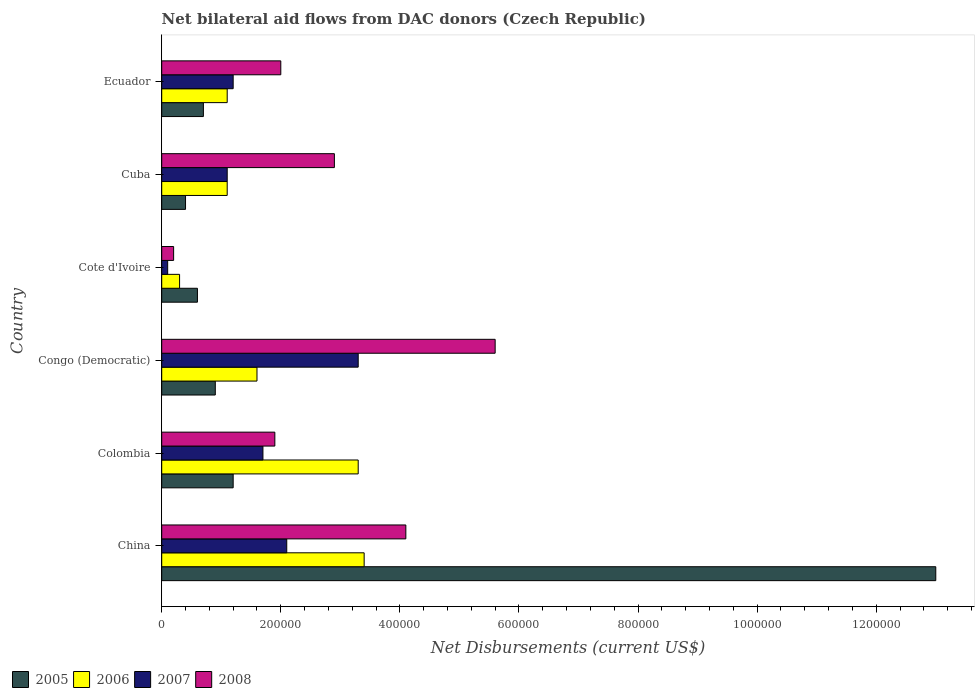
| Country | 2005 | 2006 | 2007 | 2008 |
 | --- | --- | --- | --- | --- |
 | China | 1.3e+06 | 3.4e+05 | 2.1e+05 | 4.1e+05 |
 | Colombia | 1.2e+05 | 3.3e+05 | 1.7e+05 | 1.9e+05 |
 | Congo (Democratic) | 9e+04 | 1.6e+05 | 3.3e+05 | 5.6e+05 |
 | Cote d'Ivoire | 6e+04 | 3e+04 | 1e+04 | 2e+04 |
 | Cuba | 4e+04 | 1.1e+05 | 1.1e+05 | 2.9e+05 |
 | Ecuador | 7e+04 | 1.1e+05 | 1.2e+05 | 2e+05 |